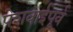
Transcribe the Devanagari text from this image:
पेशवाईपूर्व